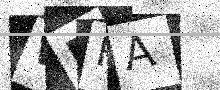
Text: WEFA